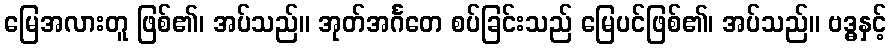
မြေအလားတူ ဖြစ်၏၊ အပ်သည်။ အုတ်အင်္ဂတေ စပ်ခြင်းသည် မြေပင်ဖြစ်၏၊ အပ်သည်။ ဗဒ္ဓနှင့်